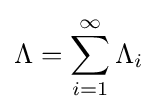
\Lambda =\sum _{i=1}^{\infty }\Lambda _{i}